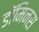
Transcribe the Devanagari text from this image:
डॉमिनस